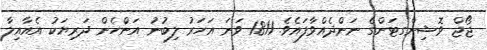
ޖޯޖް ވޮޝިންގޓަންގެ ނަންދެއްވާފައެވެ. 1811 ވަނަ އަހަރު ލިބުނު އަންހެން ދަރިޔަކު އެއާއިލާ